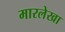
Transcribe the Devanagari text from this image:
मारलेखा